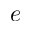
e